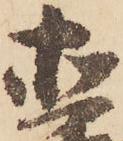
直